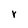
Character: r